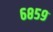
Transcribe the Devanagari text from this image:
६८५९